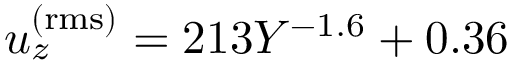
u _ { z } ^ { \mathrm { ( r m s ) } } = 2 1 3 Y ^ { - 1 . 6 } + 0 . 3 6